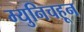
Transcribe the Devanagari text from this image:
म्युनिचहून